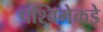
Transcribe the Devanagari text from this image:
पश्विमेकडे